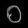
Digit: ၀